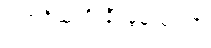
ဂုဏ်ရှိသူကို ချီးမွမ်းရကျိုး